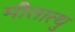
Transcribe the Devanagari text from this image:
मौतात्थु